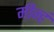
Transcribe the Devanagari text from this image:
मीन्हं